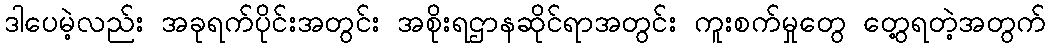
ဒါပေမဲ့လည်း အခုရက်ပိုင်းအတွင်း အစိုးရဌာနဆိုင်ရာအတွင်း ကူးစက်မှုတွေ တွေ့ရတဲ့အတွက်